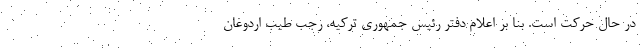
در حال حرکت است. بنا بر اعلام دفتر رئیس جمهوری ترکیه، رجب طیب اردوغان